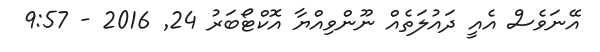
އޭނަވެސް އެއީ ދައުލަތެއް ނޫންވިއްޔާ އޮކްޓޯބަރު 24